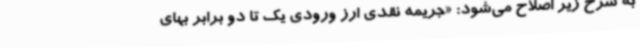
به شرح زیر اصلاح می‌شود: «جریمه نقدی ارز ورودی یک تا دو برابر بهای